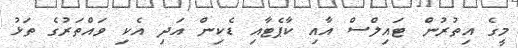
މީގެ އިތުރުން ޓައިލްސް އާއި ކާޕެޓާއި ޑެކިން އަދި އެކި ވައްތަރުގެ ތަޅު